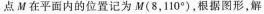
点M在平面内的位置记为M(8，110°)，根据图形，解